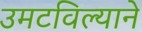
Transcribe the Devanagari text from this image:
उमटविल्याने